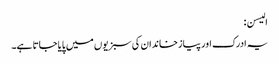
الیسن:
یہ ادرک اور پیازخاندان کی سبزیوں میں پایا جاتا ہے۔